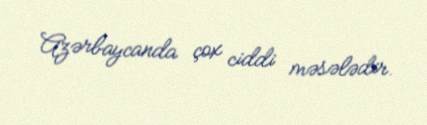
Azərbaycanda çox ciddi məsələdir.